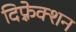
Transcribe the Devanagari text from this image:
दिफ़्रेक्शन